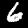
Digit: 6